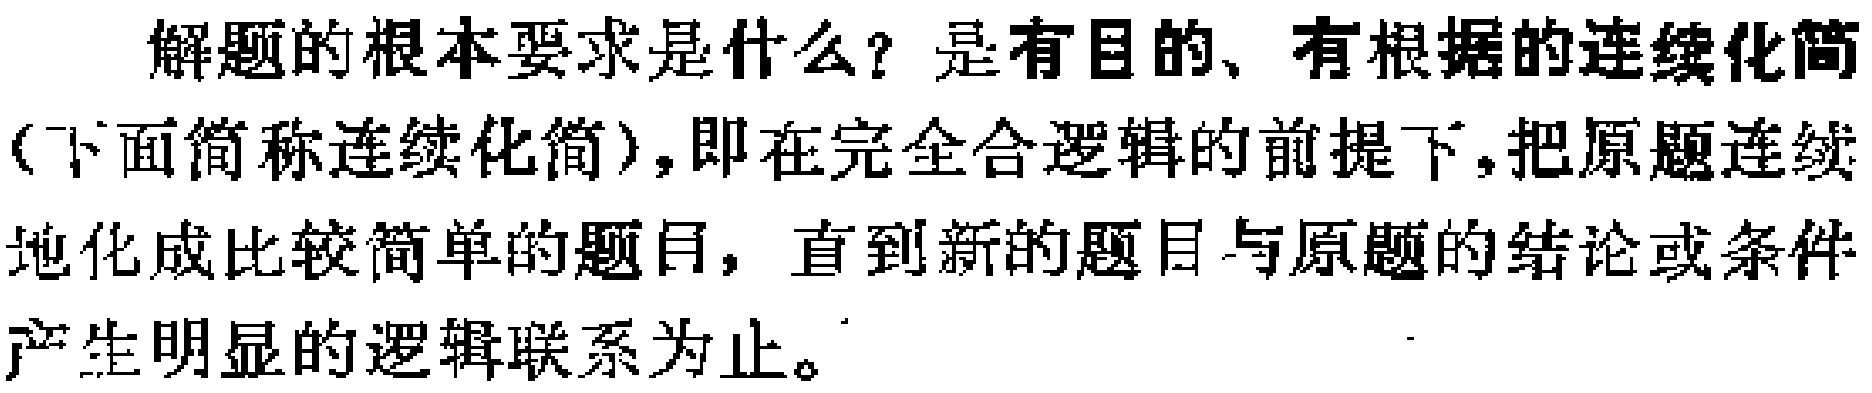
解题的根本要求是什么？是有目的、有根据的连续化简（下面简称连续化简），即在完全合逻辑的前提下，把原题连续地化成比较简单的题目，直到新的题目与原题的结论或条件产生明显的逻辑联系为止。